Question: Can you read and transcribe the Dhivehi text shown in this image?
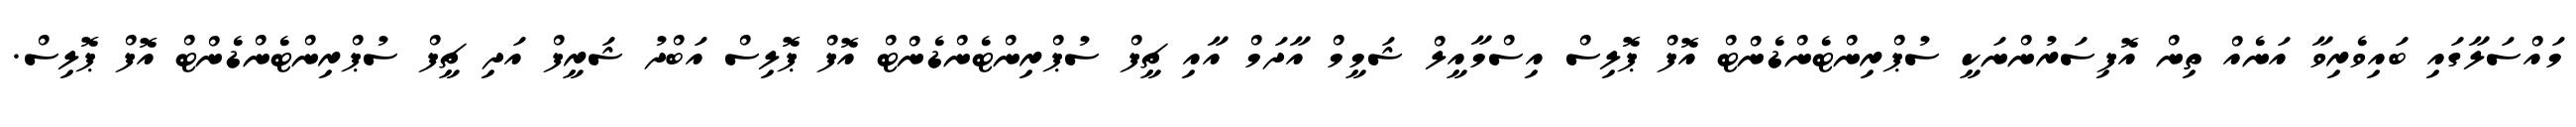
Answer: މައްސަލާގައި ބައިވެރިވާ އަނެއް ތިން އޮފިސަރުންނަކީ ސުޕްރިންޓެންޑެންޓް އޮފް ޕޮލިސް އިސްމާއީލް ޝަމީމް އާދަމް އާއި ޗީފް ސުޕްރިންޓެންޑެންޓް އޮފް ޕޮލިސް އަބްދު ޝަރީފް އަދި ޗީފް ސުޕްރިންޓެންޑެންޓް އޮފް ޕޮލިސް.